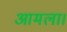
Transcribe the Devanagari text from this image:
आमला।